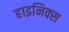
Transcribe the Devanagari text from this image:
हाइनिक्स